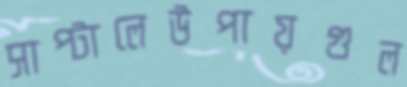
সাপ্‌টালেউপায়গুল